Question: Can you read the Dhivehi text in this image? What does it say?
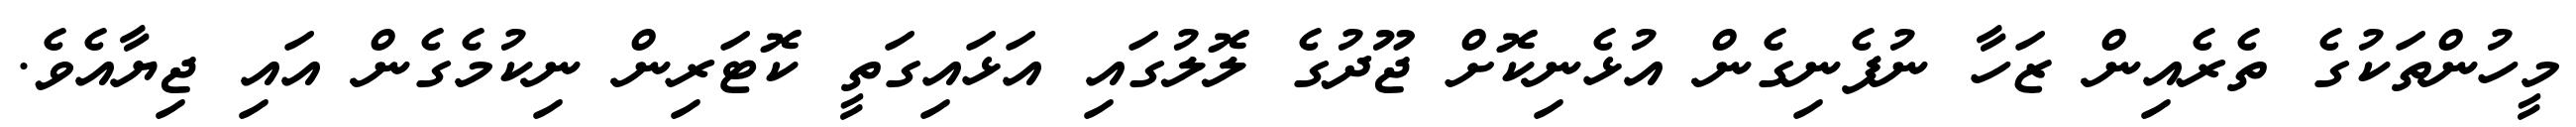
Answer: މީހުންތަކުގެ ތެރެއިން ޒަހާ ނުފެނިގެން އުޅެނިކޮށް ޖޫދުގެ ލޮލުގައި އަޅައިގަތީ ކޮޓަރިން ނިކުމެގެން އައި ޖިޔާއެވެ.